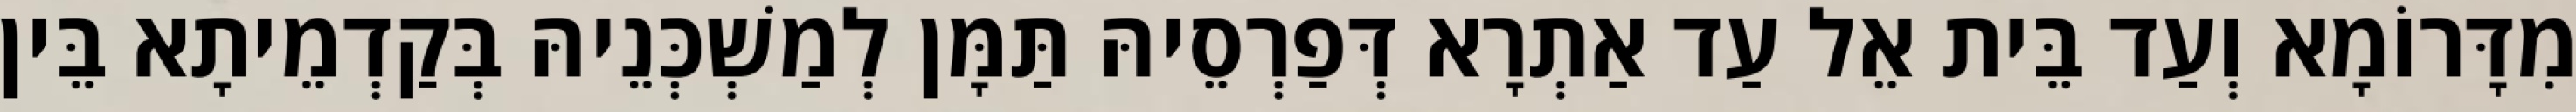
מִדָּרוֹמָא וְעַד בֵּית אֵל עַד אַתְרָא דְּפַרְסֵיהּ תַּמָּן לְמַשְׁכְּנֵיהּ בְּקַדְמֵיתָא בֵּין